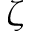
\zeta